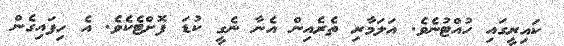
ކައިރީގައި ހުއްޓުނެވެ. އަލަމާރި ތެރެއިން އެނާ ނެގީ ކުޑަ ފޮށްޓެކެވެ. އެ ހިފައިގެން